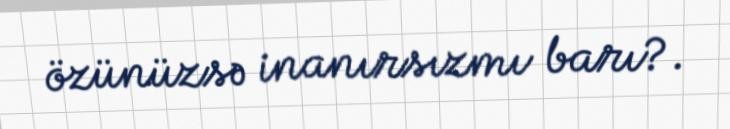
özünüzsə inanırsızmı barı?.